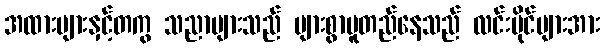
အထားများနှင့်တကွ သညာများသည် များစွာမူတည်နေသည် လင်းပိုင်များအား